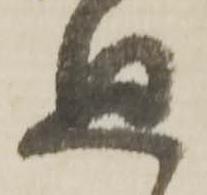
廻